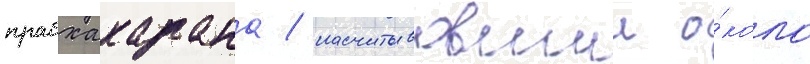
прабхакарана / насчитывавшии о́коло